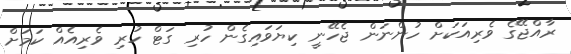
ރާއްޖޭގެ ވެރިއަކަށް ހުންނަން ޖެހޭނީ ކިޔަވައިގެން ހުރި ގަޓް ހުރި ވެރިއެއް ކަމަށް